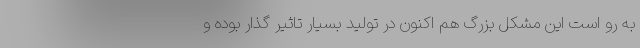
به رو است این مشکل بزرگ هم اکنون در تولید بسیار تاثیر گذار بوده و